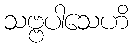
သဗ္ဗပါသေဟိ